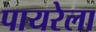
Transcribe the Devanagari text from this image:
पायरेला